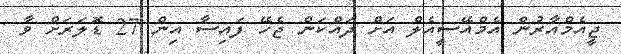
ޖީއެމްއާރުން އެމްއޭސީއެލް އަށް ދައްކަން ޖެހޭ ފައިސާ އިން 27 ޑޮލަރަށް ވާ